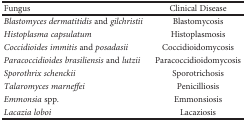
<table><thead><tr><td><b>Fungus</b></td><td><b>Clinical Disease</b></td></tr></thead><tbody><tr><td><i>Blastomyces dermatitidis</i> and <i>gilchristii</i></td><td>Blastomycosis</td></tr><tr><td><i>Histoplasma capsulatum</i></td><td>Histoplasmosis</td></tr><tr><td><i>Coccidioides immitis</i> and <i>posadasii</i></td><td>Coccidioidomycosis</td></tr><tr><td><i>Paracoccidioides brasiliensis</i> and <i>lutzii</i></td><td>Paracoccidioidomycosis</td></tr><tr><td><i>Sporothrix schenckii</i></td><td>Sporotrichosis</td></tr><tr><td><i>Talaromyces marneffei</i></td><td>Penicilliosis</td></tr><tr><td><i>Emmonsia</i> spp.</td><td>Emmonsiosis</td></tr><tr><td><i>Lacazia loboi</i></td><td>Lacaziosis</td></tr></tbody></table>